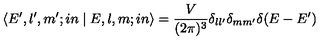
\left\langle { { E ^ { \prime } , l ^ { \prime } , m ^ { \prime } ; i n } } \mathrel { \left| { \vphantom { { E ^ { \prime } , l ^ { \prime } , m ^ { \prime } ; i n } { E , l , m } } } \right. \kern - \nulldelimiterspace } { { E , l , m ; i n } } \right\rangle = { \frac { V } { ( 2 \pi ) ^ { 3 } } } \delta _ { l l ^ { \prime } } \delta _ { m m ^ { \prime } } \delta ( E - E ^ { \prime } )